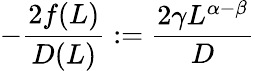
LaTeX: -\frac{2f(L)}{D(L)}:=\frac{2\gamma L^{\alpha-\beta}}{D}